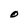
Character: O